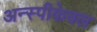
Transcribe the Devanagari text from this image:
अन्स्पीकेबल